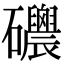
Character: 𥗸